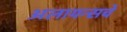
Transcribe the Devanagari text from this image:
अलायन्सचे